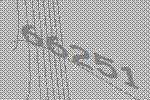
66251